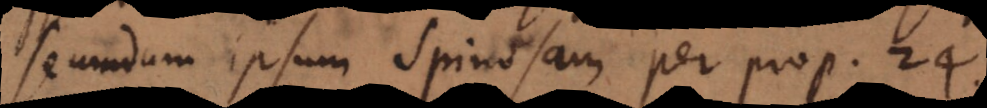
secundum ipsum Spinosam per prop. 24.